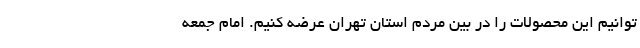
توانیم این محصولات را در بین مردم استان تهران عرضه کنیم. امام جمعه